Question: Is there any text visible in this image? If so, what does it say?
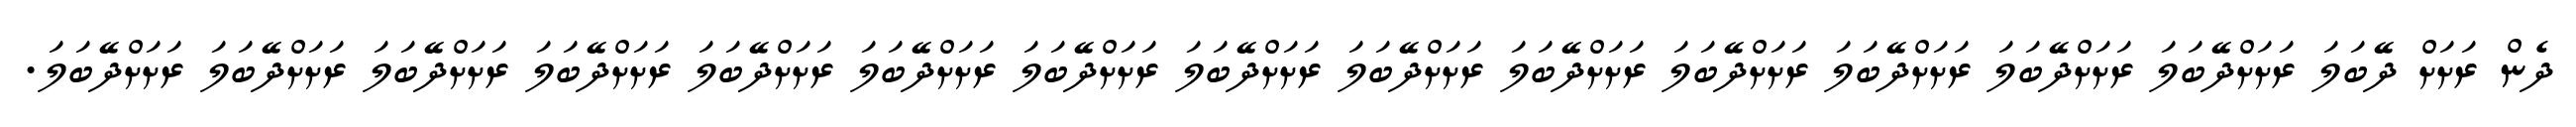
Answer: ދެން ރަށަށް ދޭބަލަ ރަށަށްދޭބަލަ ރަށަށްދޭބަލަ ރަށަށްދޭބަލަ ރަށަށްދޭބަލަ ރަށަށްދޭބަލަ ރަށަށްދޭބަލަ ރަށަށްދޭބަލަ ރަށަށްދޭބަލަ ރަށަށްދޭބަލަ ރަށަށްދޭބަލަ ރަށަށްދޭބަލަ ރަށަށްދޭބަލަ ރަށަށްދޭބަލަ ރަށަށްދޭބަލަ.